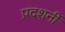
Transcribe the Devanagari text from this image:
प्रदशर्नी